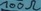
Text: 100Ω